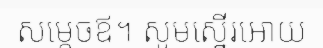
សម្តេចឪ។ សូមស្នើរអោយ